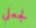
لجعلي